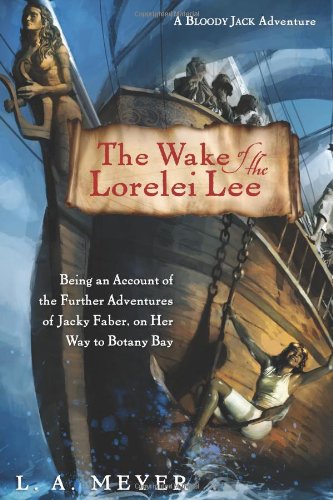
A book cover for The Wake of the Lorelei Lee: Being an Account of the Further Adventures of Jacky Faber, on Her Way to Botany Bay (Bloody Jack Adventures); L. A. Meyer; Teen & Young Adult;